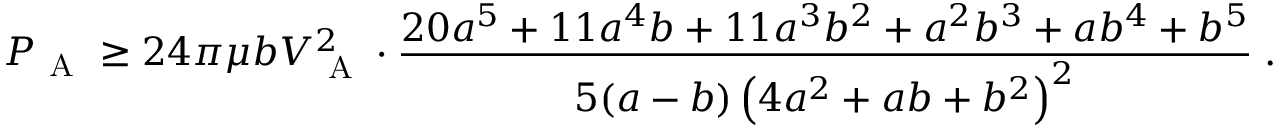
P _ { \mathrm { ~ A ~ } } \ge 2 4 \pi \mu b V _ { \mathrm { ~ A ~ } } ^ { 2 } \cdot \frac { 2 0 a ^ { 5 } + 1 1 a ^ { 4 } b + 1 1 a ^ { 3 } b ^ { 2 } + a ^ { 2 } b ^ { 3 } + a b ^ { 4 } + b ^ { 5 } } { 5 ( a - b ) \left( 4 a ^ { 2 } + a b + b ^ { 2 } \right) ^ { 2 } } \; .